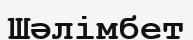
Шәлімбет